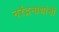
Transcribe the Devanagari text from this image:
नरेंद्रनाथांनी